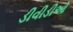
ડીવીડીઓ